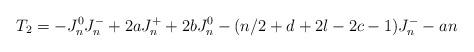
LaTeX: \begin{align*} T_2 = -J^0_n J^-_n + 2a J^+_n + 2b J^0_n - (n/2+d+2l-2c-1) J^-_n - an\end{align*}